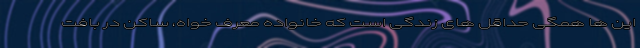
این ها همگی حداقل های زندگی است که خانواده معرف خواه، ساکن در بافت